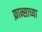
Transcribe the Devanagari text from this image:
फ्रान्साच्या